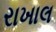
રાખાલ